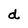
Character: d